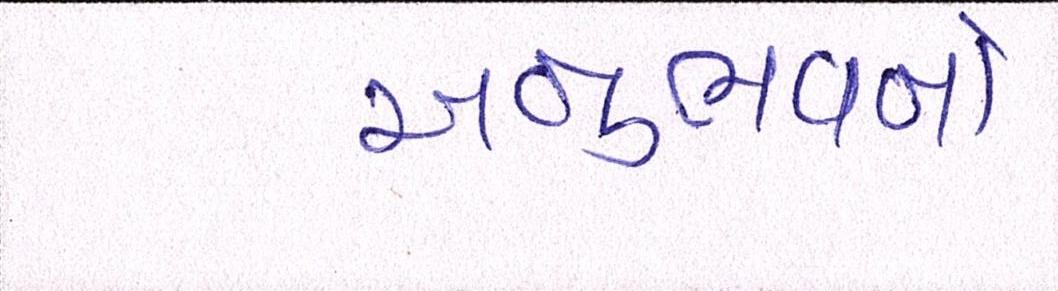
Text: અનુભવનો